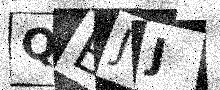
Text: QBJJ